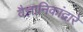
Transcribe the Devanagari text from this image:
वैज्ञानिकांद्वारे